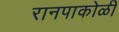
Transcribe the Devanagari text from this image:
रानपाकोळी